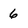
Character: 6